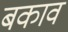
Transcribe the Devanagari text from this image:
बकाव